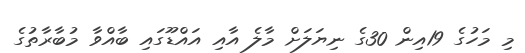
މި މަހުގެ 19އިން 30ގެ ނިޔަލަށް މާލެ އާއި އައްޑޫގައި ބާއްވާ މުބާރާތުގެ